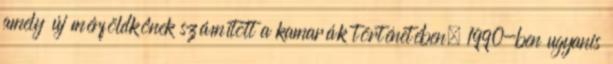
amely új mérföldkônek számított a kamarák történetében. 1990-ben ugyanis